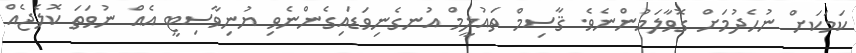
ކަމަކަށް ނުހެދުމަށް ގޮވާލަމުންނެވެ. ޤާސިމް ތައުލީމް އުނގެނިވަޑައިގެންނެވި ޔުނިވާސިޓީ އެއް ނުވަތަ ކޮލެޖެއް